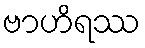
ဗာဟိရဿ